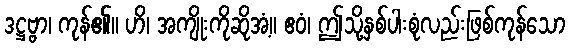
ဒဋ္ဌဗ္ဗာ၊ ကုန်၏။ ဟိ၊ အကျိုးကိုဆိုအံ့။ ဧဝံ၊ ဤသို့နှစ်ပါးစုံလည်းဖြစ်ကုန်သော